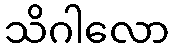
သိဂါလော